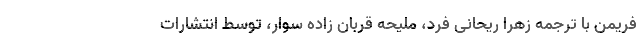
فریمن با ترجمه زهرا ریحانی فرد، ملیحه قربان زاده سوار، توسط انتشارات